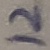
Text: 12